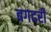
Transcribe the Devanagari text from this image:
बगदरी